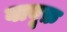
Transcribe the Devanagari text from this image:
बाबूफ़